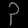
Digit: ၃